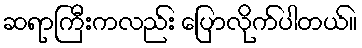
ဆရာကြီးကလည်း ပြောလိုက်ပါတယ်။